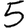
Digit: 5